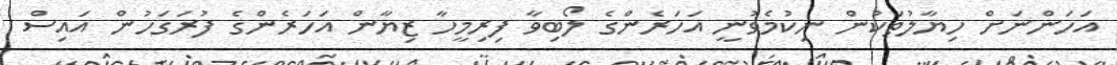
އަހަންނަށް ހިޔާލުތަކުން ނިކުމެވުނީ އަހަރެންގެ ލޯބިވާ ފިރިމީހާ ޒިޔާން އަހަރެންގެ ފުރަގަހުން އައިސް